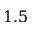
1 . 5